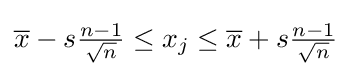
{\overline {x}}-s{\tfrac {n-1}{\sqrt {n}}}\leq x_{j}\leq {\overline {x}}+s{\tfrac {n-1}{\sqrt {n}}}